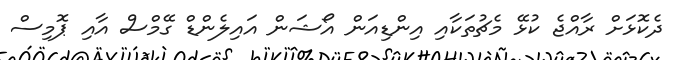
ދެކޮޅަށް ރާއްޖެ ކުޅޭ މެޗުތަކާއި އިންޑިއަން އޯޝަން އައިލެންޑް ގޭމްސް އާއި ޕޮމިސް